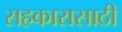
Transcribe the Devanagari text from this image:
सहकारासाठी